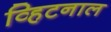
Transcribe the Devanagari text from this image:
व्हिटनाल